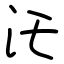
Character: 汑